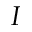
I